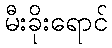
မီးခိုးရောင်